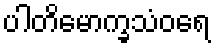
ပါတိမောက္ခသံဝရေ